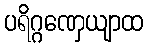
ပရိဂ္ဂဏှေယျာထ